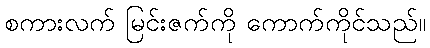
စကားလက် မြင်းဇက်ကို ကောက်ကိုင်သည်။